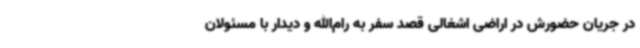
در جریان حضورش در اراضی اشغالی قصد سفر به رام‌الله و دیدار با مسئولان